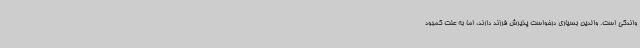
واندگی است. والدین بسیاری درخواست پذیرش فرزند دارند، اما به علت کمبود